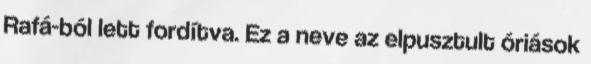
Rafá-ból lett fordítva. Ez a neve az elpusztult óriások